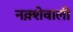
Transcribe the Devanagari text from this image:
नक़्शेवाली